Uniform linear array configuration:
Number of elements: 32
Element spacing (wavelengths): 0.75
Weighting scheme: cosine
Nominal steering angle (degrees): -45
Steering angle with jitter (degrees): -44.102
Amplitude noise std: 0.05
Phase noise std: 0.05

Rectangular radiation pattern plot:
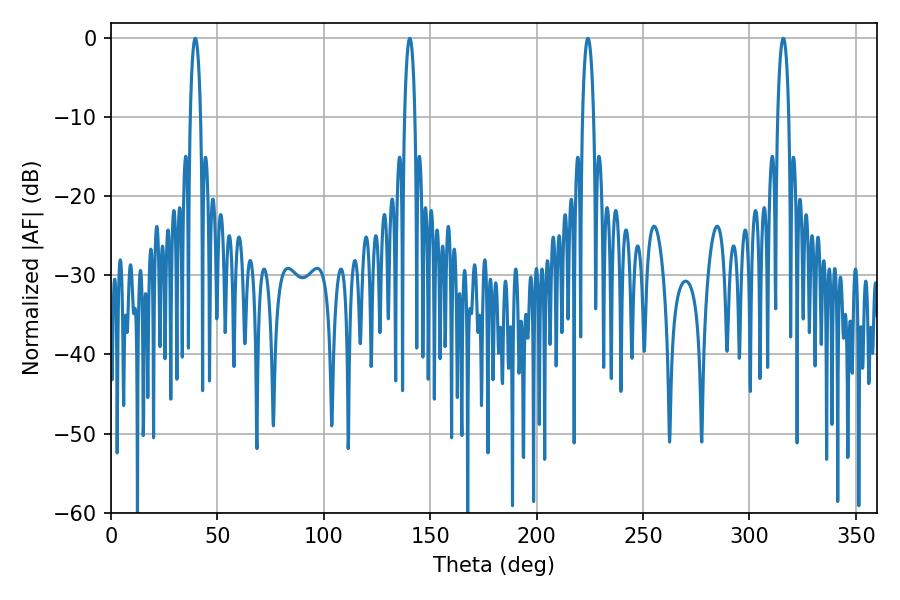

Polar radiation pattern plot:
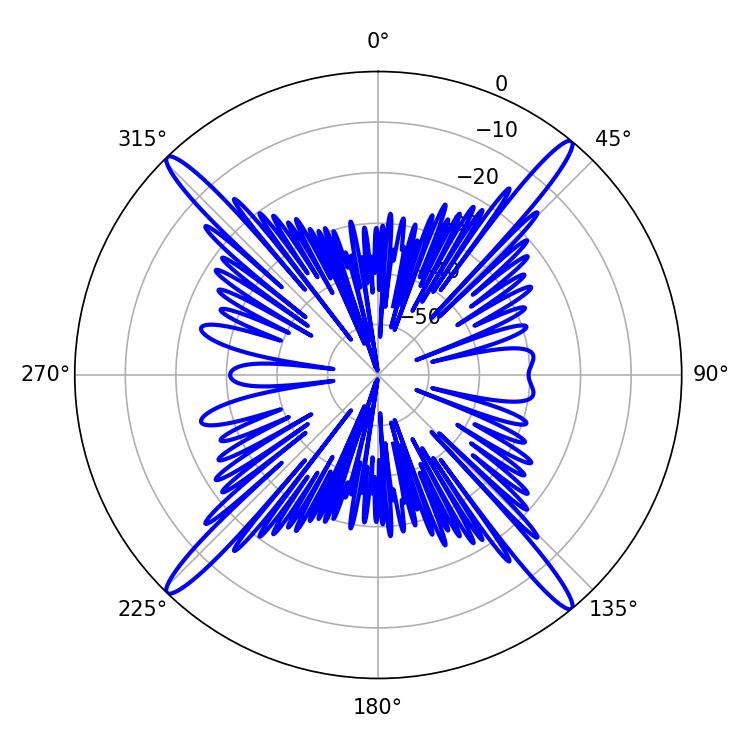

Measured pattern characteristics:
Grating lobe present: TRUE
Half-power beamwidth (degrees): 2.7
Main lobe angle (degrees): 39.6